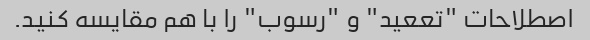
اصطلاحات "تععید" و "رسوب" را با هم مقایسه کنید.